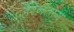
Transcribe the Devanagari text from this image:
हेरेनताग